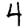
Digit: 4